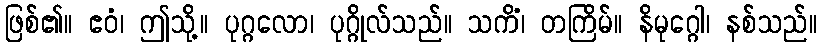
ဖြစ်၏။ ဧဝံ၊ ဤသို့။ ပုဂ္ဂလော၊ ပုဂ္ဂိုလ်သည်။ သကိံ၊ တကြိမ်။ နိမုဂ္ဂေါ၊ နစ်သည်။